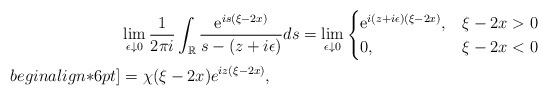
\begin{align*}&\lim _{\epsilon \downarrow 0} \frac{1}{2 \pi i} \int_{\mathbb{R}} \frac{\mathrm{e}^{i s(\xi-2x)}}{s- (z+i \epsilon)} d s=\lim _{\epsilon \downarrow0}\begin{cases}\mathrm{e}^{ i(z+i \epsilon)(\xi-2x)}, & \xi-2x>0 \\0, & \xi-2x<0\end{cases}\\begin{align*}6pt]&=\chi(\xi-2x)e^{iz(\xi-2x) },\end{align*}